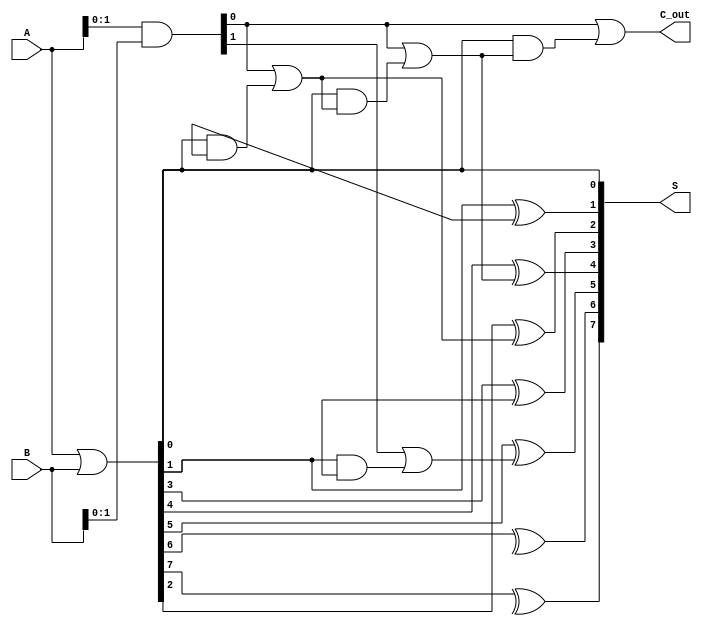
module brent_kung_adder #(
    parameter n = 8 // Bit width of the adder
)(
    input [n-1:0] A, // First operand
    input [n-1:0] B, // Second operand
    output [n-1:0] S, // Sum output
    output C_out // Carry out
);

    // Generate and Propagate signals
    wire [n-1:0] G; // Generate signals
    wire [n-1:0] P; // Propagate signals
    wire [n:0] C; // Carry signals

    assign G = A & B; // Generate
    assign P = A | B; // Propagate

    // Initialize carry signal
    assign C[0] = 1'b0; // C[-1] is initialized to 0

    // Carry generation using Brent-Kung logic
    genvar i, j, k;
    
    // Levels of carry generation
    for (k = 0; k < n; k = k + 1) begin
        for (j = 0; j < (1 << k); j = j + 1) begin
            if (j < n) begin
                assign C[j + (1 << (k + 1))] = G[j] | (P[j] & C[j + (1 << k)]);
            end
        end
    end

    // Sum calculation
    generate
        for (i = 0; i < n; i = i + 1) begin : sum_calculation
            assign S[i] = P[i] ^ C[i];
        end
    endgenerate

    // Final carry out
    assign C_out = C[n];

endmodule